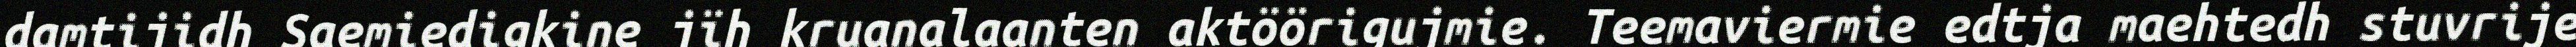
damtijidh Saemiedigkine jïh kruanalaanten aktöörigujmie. Teemaviermie edtja maehtedh stuvrije